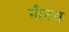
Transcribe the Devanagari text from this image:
मौनस